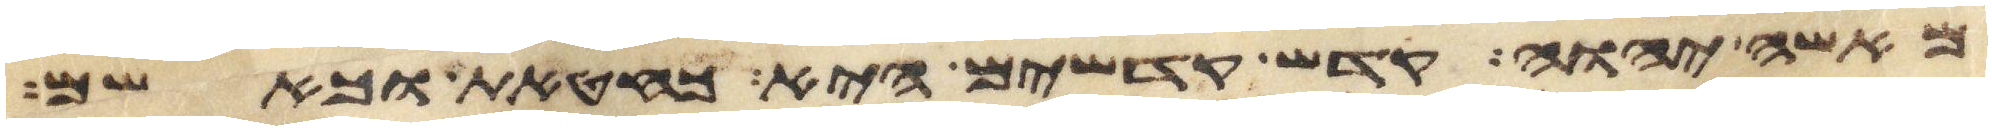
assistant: מאשי יהוה קדש קדשים היא כחטאת כאשם